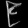
Digit: ၉